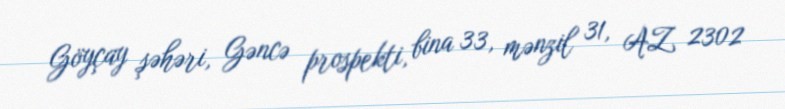
Göyçay şəhəri, Gəncə prospekti, bina 33, mənzil 31, AZ 2302